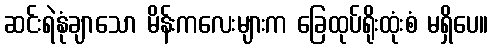
ဆင်းရဲနုံချာသော မိန်းကလေးများက ခြေထုပ်ရိုးထုံးစံ မရှိပေ။